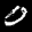
Label: 0